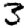
Digit: 3